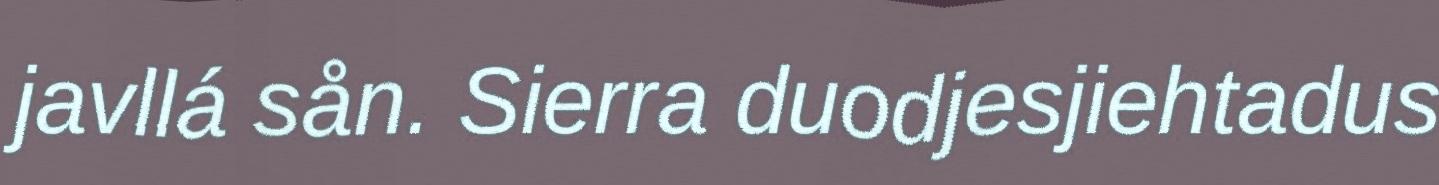
javllá sån. Sierra duodjesjiehtadus